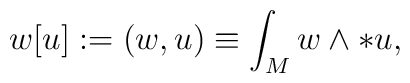
w[u] := (w,u) \equiv \int_{M} w \wedge * u,